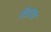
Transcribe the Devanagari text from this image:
गिब्जचा